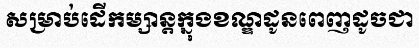
សម្រាប់ដើកម្សាន្តក្នុងខណ្ឌដូនពេញដូចជា